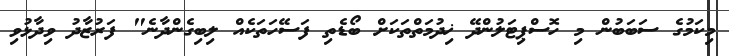
މިކަމުގެ ސަބަބުން މި ހޮސްޕިޓަލުންދޭ ޚިދުމަތްތަކަށް ބޯޑެތި ފަސޭހަތަކެއް ލިބިގެންދާނެ" ފަރުޒާދު ވިދާޅުވި